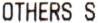
OTHERS S